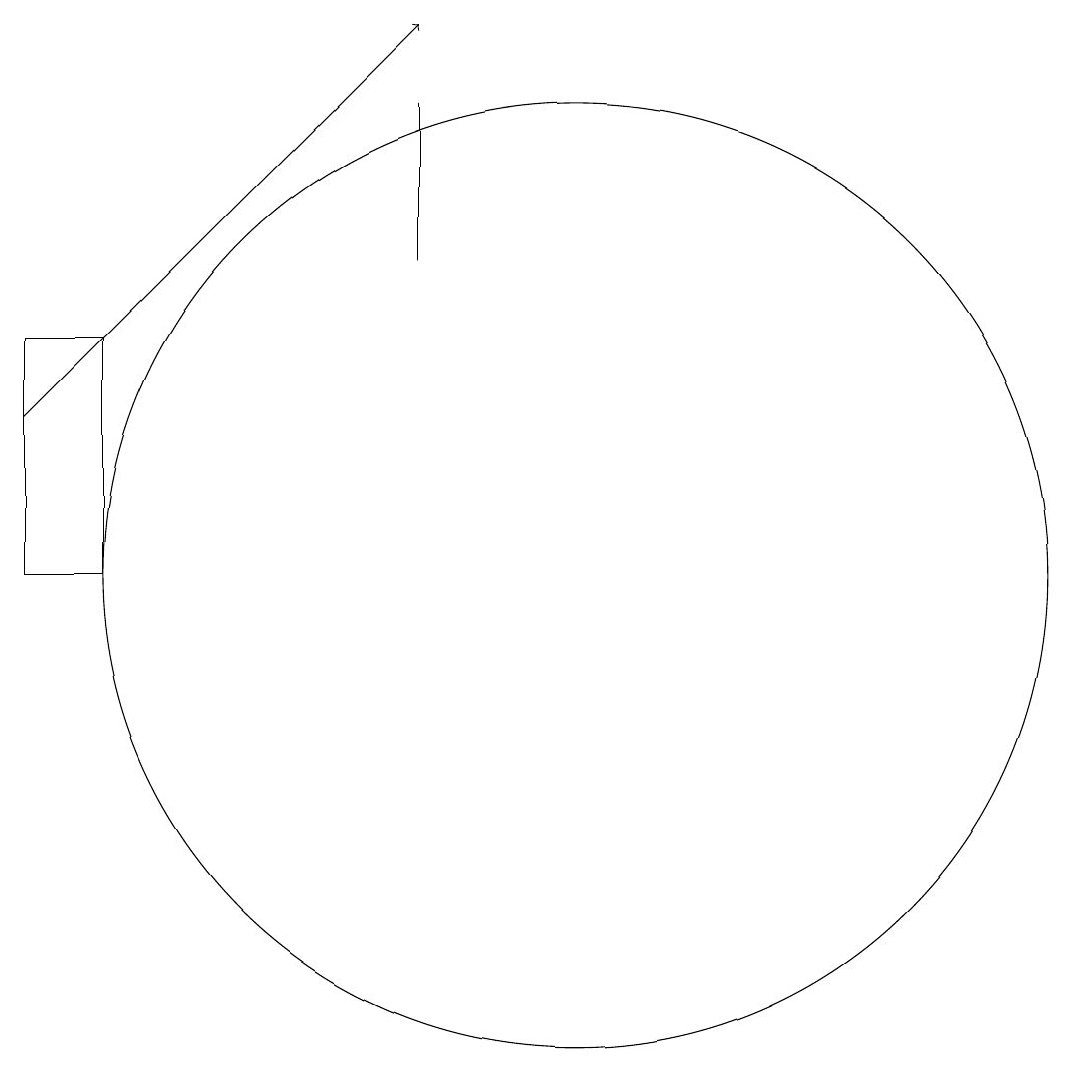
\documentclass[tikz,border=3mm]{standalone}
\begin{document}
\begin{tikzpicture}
\draw (11,11) circle (6);
\draw (9,15) rectangle (9,17);
\draw (5,11) rectangle (4,14);
\draw[->] (4,13) -- (9,18);
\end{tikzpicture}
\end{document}